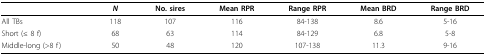
<table><thead><tr><td></td><td><b><i>N</i></b></td><td><b>No. sires</b></td><td><b>Mean RPR</b></td><td><b>Range RPR</b></td><td><b>Mean BRD</b></td><td><b>Range BRD</b></td></tr></thead><tbody><tr><td>All TBs</td><td>118</td><td>107</td><td>116</td><td>84-138</td><td>8.6</td><td>5-16</td></tr><tr><td>Short (≤ 8 f)</td><td>68</td><td>63</td><td>114</td><td>84-129</td><td>6.8</td><td>5-8</td></tr><tr><td>Middle-long (&gt; 8 f)</td><td>50</td><td>48</td><td>120</td><td>107-138</td><td>11.3</td><td>9-16</td></tr></tbody></table>